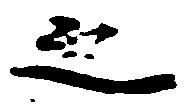
之